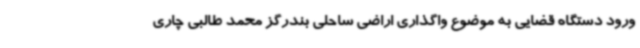
ورود دستگاه قضایی به موضوع واگذاری اراضی ساحلی بندرگز محمد طالبی چاری